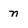
Character: n